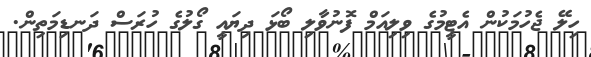
ހިލޭ ޖެހުމަކުން އެޓީމުގެ ވިލިއަމް ފޮނުވާލި ބޯޅަ ދިޔައީ ގޯލުގެ ހުރަސް ދަނޑިމަތިން.